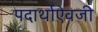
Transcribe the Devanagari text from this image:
पदार्थाऐवजी